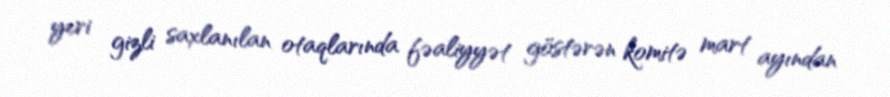
yeri gizli saxlanılan otaqlarında fəaliyyət göstərən komitə mart ayından